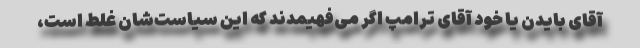
آقای بایدن یا خود آقای ترامپ اگر می‌فهیمدند که این سیاست‌شان غلط است،